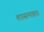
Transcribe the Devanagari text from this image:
शासनाहार